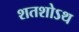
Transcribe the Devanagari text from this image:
शतशोऽथ